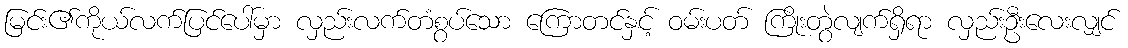
မြင်း၏ကိုယ်လက်ပြင်ပေါ်မှာ လှည်းလက်တံစွပ်သော ကြောတင်နှင့် ဝမ်းပတ် ကြိုးတွဲလျက်ရှိရာ လှည်းဦးလေးလျှင်